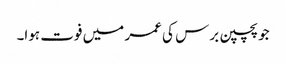
جو پچپن برس کی عمر میں فوت ہوا۔